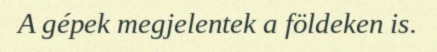
A gépek megjelentek a földeken is.